Sleeping sickness
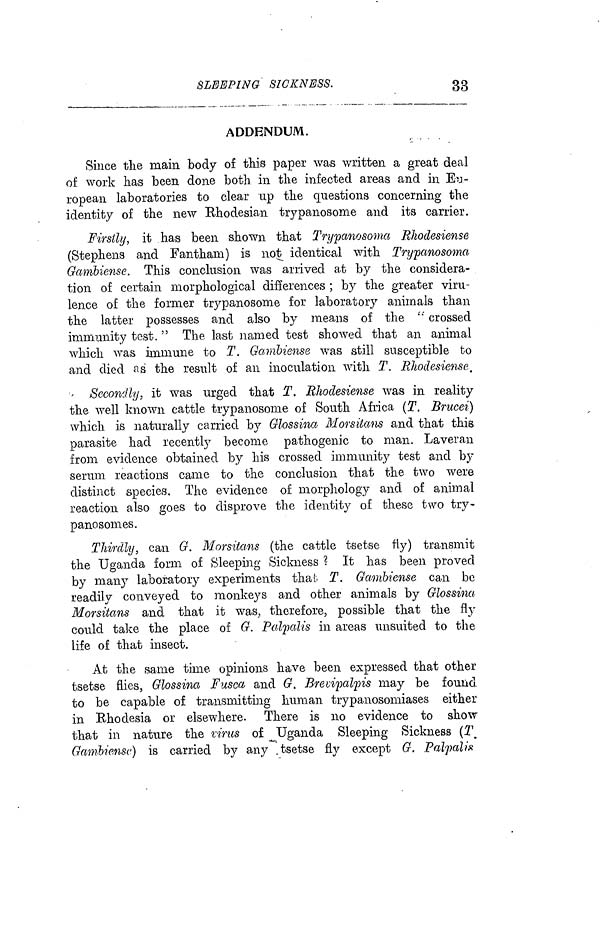
SLEEPING SICKNESS.
33
ADDENDUM.
Since the main body of this paper was written a great deal
of work has been done both in the infected areas and in Eu-
ropean laboratories to clear up the questions concerning the
identity of the new Rhodesian tiypanosome and its carrier.
Firstly, it has been shown that Trypanosoma Rhodesiense
(Stephens and Fantham) is not identical with Trypanosoma
Ganibiense. This conclusion was arrived at by the considera-
tion of certain morphological differences ; by the greater viru-
lence of the former trypanosome for laboratory animals than
the latter possesses and also by means of the " crossed
immunity test. " The last named test showed that an animal
which was immune to T. Gambiense was still susceptible to
and died as" the result of an inoculation with T. Rhodesiense,
Secondly, it was urged that T. Rhodesiense was in reality
the well known cattle trypanosome of South Africa (T. Brucei)
which is naturally carried by Glossina, Morsitans and that this
parasite had recently become pathogenic to man. Laveran
from evidence obtained by his crossed immunity test and by
serum reactions came to the conclusion that the two were
distinct species. The evidence of morphology and of animal
reaction also goes to disprove the identity of these two try-
panosonies.
Thirdly, can G. Morsitans (the cattle tsetse fly) transmit
the Uganda form of Sleeping Sickness ? It has been proved
by many laboratory experiments that. T. Gambiense can be
readily conveyed to monkeys and other animals by Glossina
Morsitans and that it was, therefore, possible that the fly
could talee the place of G. Palpalis in areas unsuited to the
life of that insect.
At the same time opinions have been expressed that other
tsetse flies, Glossina Fusca and G. Breuipatyis may be found
to be capable of transmitting human trypanosomiases either
in Rhodesia or elsewhere. There is 110 evidence to show
that in nature the virus of Uganda Sleeping Sickness (T
Gambiense) is carried by any tsetse fly except G. Palpalis